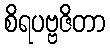
စိရပဗ္ဗဇိတာ